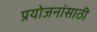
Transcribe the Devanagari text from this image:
प्रयोजनांसाठी